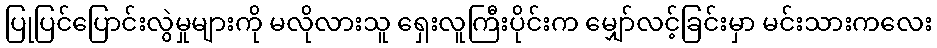
ပြုပြင်ပြောင်းလွဲမှုများကို မလိုလားသူ ရှေးလူကြီးပိုင်းက မျှော်လင့်ခြင်းမှာ မင်းသားကလေး